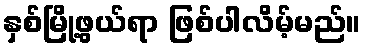
နှစ်မြို့ဖွယ်ရာ ဖြစ်ပါလိမ့်မည်။